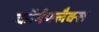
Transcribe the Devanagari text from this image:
कॉर्नफ्लैक्स